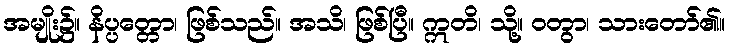
အမျိုး၌။ နိပ္ပတ္တော၊ ဖြစ်သည်။ အသိ၊ ဖြစ်ပြီ။ ဣတိ၊ သို့။ ဝတွာ၊ သားတော်၏။